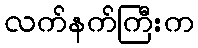
လက်နက်ကြီးက